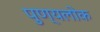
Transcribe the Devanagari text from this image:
पुण्यलोक